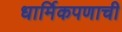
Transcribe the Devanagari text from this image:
धार्मिकपणाची